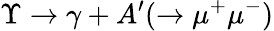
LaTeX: \Upsilon\rightarrow\gamma+A^{\prime}(\rightarrow\mu^{+}\mu^{-})